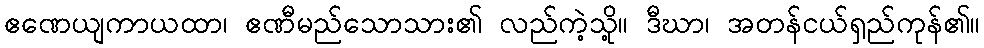
ဧဏေယျကာယထာ၊ ဧဏီမည်သောသား၏ လည်ကဲ့သို့။ ဒီဃာ၊ အတန်ငယ်ရှည်ကုန်၏။